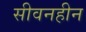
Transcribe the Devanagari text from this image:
सीवनहीन